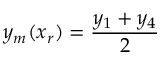
y _ { m } ( x _ { r } ) = \frac { y _ { 1 } + y _ { 4 } } { 2 }